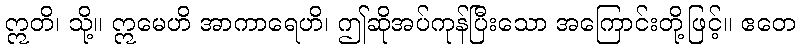
ဣတိ၊ သို့။ ဣမေဟိ အာကာရေဟိ၊ ဤဆိုအပ်ကုန်ပြီးသော အကြောင်းတို့ဖြင့်။ ဧတေ